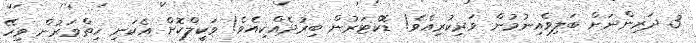
3 ދަރިންނަށް ބަލިވެއިނުމުން ވަރިކުރިއެވެ! ޑޮކްޓަރުން ބިރުދެއްކިއެވެ! ވަކީލްކޮށް އެކަނި ހިތްވަރުން ވިހޭ